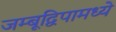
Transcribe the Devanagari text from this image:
जम्बूद्विपामध्ये